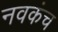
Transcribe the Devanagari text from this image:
नवकंच